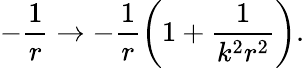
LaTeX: -\frac{1}{r}\rightarrow-\frac{1}{r}\left(1+\frac{1}{k^{2}r^{2}}\right).